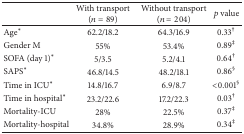
|  | With transport (n = 89) | Without transport (n = 204) | p value |
 | --- | --- | --- | --- |
 | Age∗ | 62.2/18.2 | 64.3/16.9 | 0.33† |
 | Gender M | 55% | 53.4% | 0.89‡ |
 | SOFA (day 1)∗ | 5/3.5 | 5.2/4.1 | 0.64† |
 | SAPS∗ | 46.8/14.5 | 48.2/18.1 | 0.86§ |
 | Time in ICU∗ | 14.8/16.7 | 6.9/8.7 | <0.001§ |
 | Time in hospital∗ | 23.2/22.6 | 17.2/22.3 | 0.03† |
 | Mortality-ICU | 28% | 22.5% | 0.37‡ |
 | Mortality-hospital | 34.8% | 28.9% | 0.34‡ |